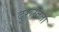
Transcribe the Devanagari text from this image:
दुरूस्तता